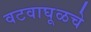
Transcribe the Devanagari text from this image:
वटवाघूळचे